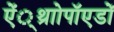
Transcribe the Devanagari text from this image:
ऐं्थ्राोपॉएडों